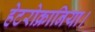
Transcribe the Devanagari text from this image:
हेटरोक्रानिया।